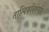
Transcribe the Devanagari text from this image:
तात्विकविसंगति